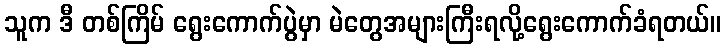
သူက ဒီ တစ်ကြိမ် ရွေးကောက်ပွဲမှာ မဲတွေအများကြီးရလို့ရွေးကောက်ခံရတယ်။